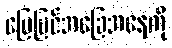
မြေပြင်အခြေအနေကို